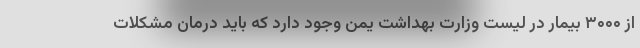
از ۳۰۰۰ بیمار در لیست وزارت بهداشت یمن وجود دارد که باید درمان مشکلات